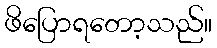
ဖိပြောရတော့သည်။